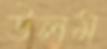
উলম